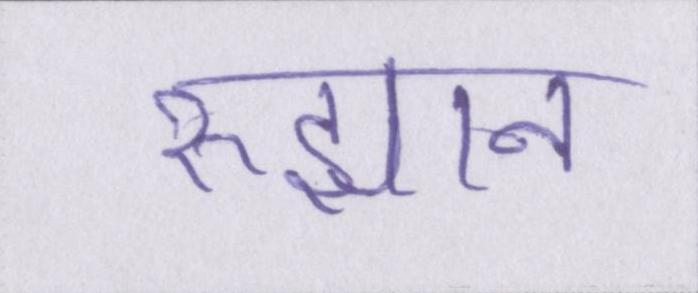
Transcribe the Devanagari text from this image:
रुझान